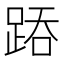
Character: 𨁇